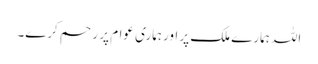
اللہ ہمارے ملک پر اور ہماری عوام پر ر حم کرے۔